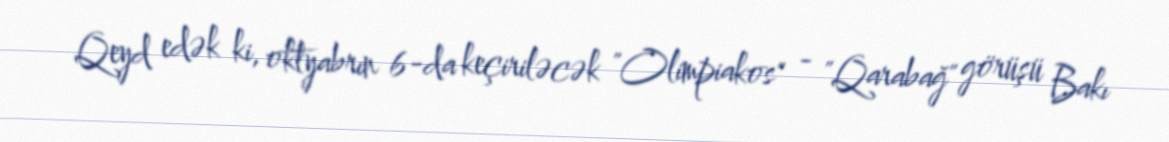
Qeyd edək ki, oktyabrın 6-da keçiriləcək "Olimpiakos" - "Qarabağ" görüşü Bakı